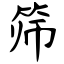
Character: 筛